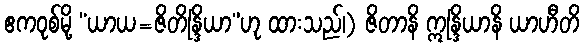
ဧကဝုစ်မို့ “ယာယ=ဇိတိန္ဒြိယာ”ဟု ထားသည်၊) ဇိတာနိ ဣန္ဒြိယာနိ ယာဟီတိ